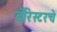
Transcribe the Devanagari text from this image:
बॅरिस्टरचे